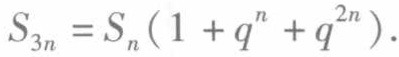
\(S_{3n}=S_{n}(1 + q^{n}+q^{2n}).\)